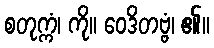
စတုက္ကံ၊ ကို။ ဝေဒိတဗ္ဗံ၊ ၏။